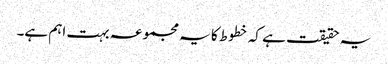
یہ حقیقت ہے کہ خطوط کا یہ مجموعہ بہت اہم ہے۔